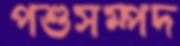
পশুসম্পদ